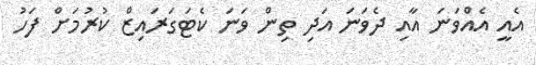
އެއީ އެއްވަނަ އާއި ދެވަނަ އަދި ތިން ވަނަ ކެޓަގަރައިޒް ކުރުމަށް ފަހު